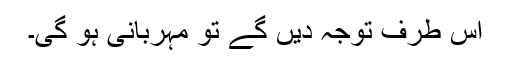
اس طرف توجہ دیں گے تو مہربانی ہو گی۔